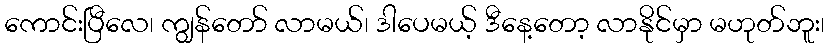
ကောင်းပြီလေ၊ ကျွန်တော် လာမယ်၊ ဒါပေမယ့် ဒီနေ့တော့ လာနိုင်မှာ မဟုတ်ဘူး၊